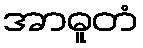
အာဓူတံ